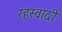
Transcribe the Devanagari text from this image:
रहस्वादी